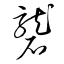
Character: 礱